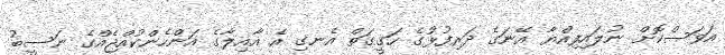
އަވަސްކޮށް ނުލައިފިއްޔާ އޭނަގެ ދަރިފުޅުގެ ހަގީގަތް އެނގި އެ އާއިލާގެ އަންހެންކުއްޖެއްގެ ނަސީބު